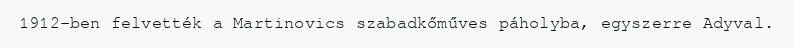
1912-ben felvették a Martinovics szabadkőműves páholyba, egyszerre Adyval.